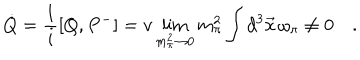
LaTeX: \dot { Q } = \frac { 1 } { i } [ Q , P ^ { - } ] = v \lim _ { m _ { \pi } ^ { 2 } \rightarrow 0 } m _ { \pi } ^ { 2 } \int d ^ { 3 } \vec { x } \, \omega _ { \pi } \neq 0 \quad .